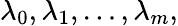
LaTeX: \lambda_{0},\lambda_{1},\ldots,\lambda_{m},